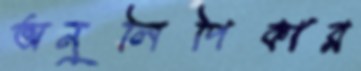
অনুলিপিকার